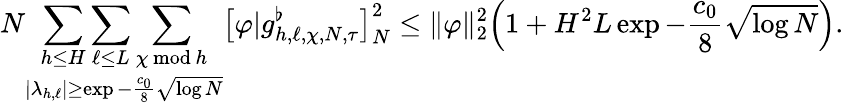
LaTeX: N\mathop{\sum_{h\le H}\sum_{\ell\le L}\sum_{\chi\mathbin{\, \textrm{mod}\, }h}}_{|\lambda_{h,\ell}|\ge\exp-\frac{c_{0}}{8}\sqrt{\log N}}\bigl[\varphi|g_{h,\ell,\chi,N,\tau}^{\flat}\bigr]_{N}^{2}\le\| \varphi\| _{2}^{2}\Bigl(1+H^{2}L\exp-\frac{c_{0}}{8}\sqrt{\log N}\Bigr).